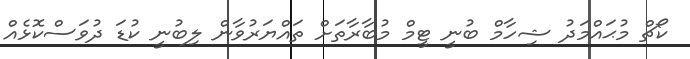
ކޯޗް މުޙައްމަދު ޝިހާމް ބުނީ ޓީމް މުބާރާތަށް ތައްޔަރުވާން ލިބުނީ ކުޑަ ދުވަސްކޮޅެއް